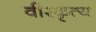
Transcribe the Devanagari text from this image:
वीरकृत्य